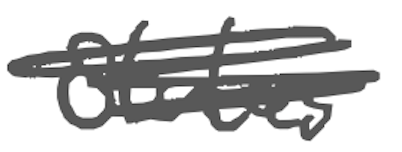
Text: States
Cross-out: scratch
Writing tool: digital_gray